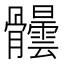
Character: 𩪺